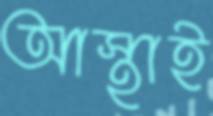
আস্থাই